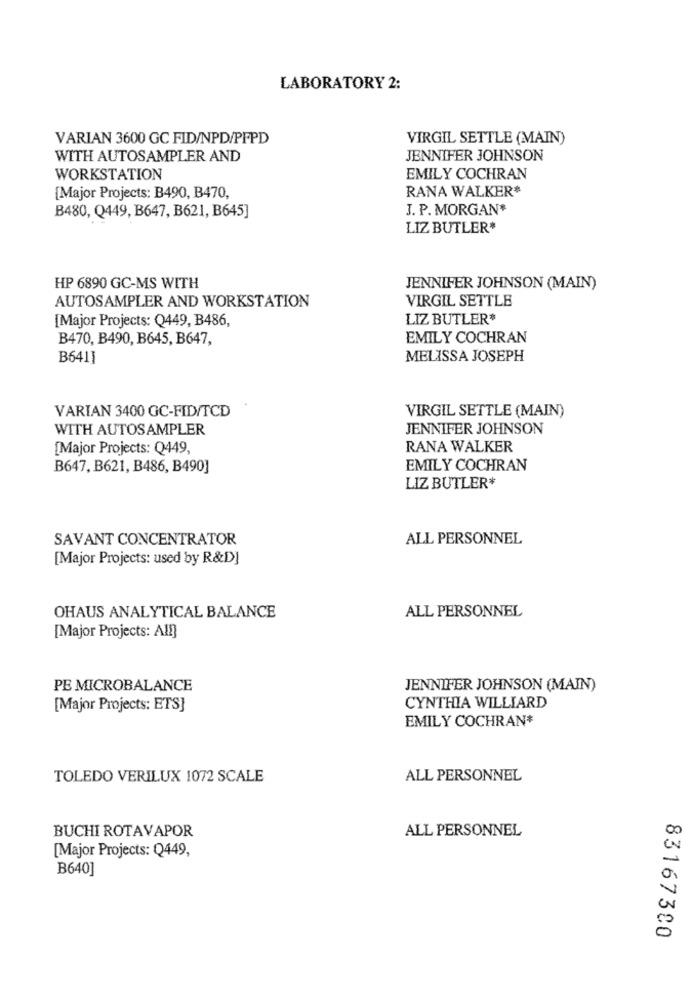
LABORATORY 2:
VARIAN 3600 GC FID/NPD/PFPD
VIRGIL SETTLE (MAIN)
WITH AUTOSAMPLER AND
JENNIFER JOHNSON
WORKSTATION
EMILY COCHRAN
RANA WALKER*
[Major Projects: B490, B470,
B480, Q449, B647, B621, B645]
J. P. MORGAN*
LIZ BUTLER*
HP 6890 GC-MS WITH
JENNIFER JOHNSON (MAIN)
VIRGIL SETTLE
AUTOSAMPLER AND WORKSTATION
[Major Projects: Q449, B486,
LIZ BUTLER*
B470, B490, B645, B647,
EMILY COCHRAN
B641]
MELISSA JOSEPH
VARIAN 3400 GC-FID/TCD
VIRGIL SETTLE (MAIN)
WITH AUTOSAMPLER
JENNIFER JOHNSON
[Major Projects: Q449,
RANA WALKER
B647, B621, B486, B490]
EMILY COCHRAN
LIZ BUTLER*
SAVANT CONCENTRATOR
ALL PERSONNEL
[Major Projects: used by R&D]
ALL PERSONNEL
OHAUS ANALYTICAL BALANCE
[Major Projects: All]
PE MICROBALANCE
JENNIFER JOHNSON (MAIN)
CYNTHIA WILLIARD
[Major Projects: ETS]
EMILY COCHRAN*
TOLEDO VERILUX 1072 SCALE
ALL PERSONNEL
BUCHI ROTAVAPOR
ALL PERSONNEL
[Major Projects: Q449,
B640]
83167380